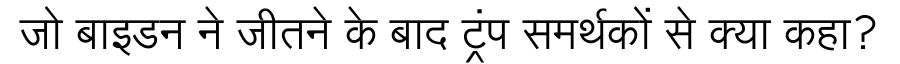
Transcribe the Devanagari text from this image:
जो बाइडन ने जीतने के बाद ट्रंप समर्थकों से क्या कहा?